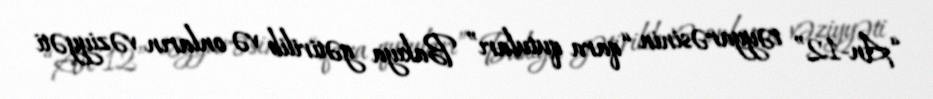
“An-12” təyyarəsinin “qara qutuları” Bakıya gətirilib və onların vəziyyəti